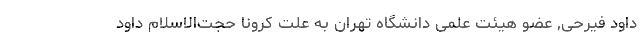
داود فیرحی, عضو هیئت علمی دانشگاه تهران به علت کرونا حجت‌الاسلام داود